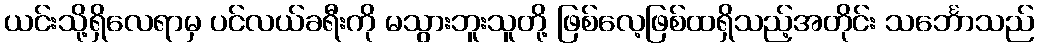
ယင်းသို့ရှိလေရာမှ ပင်လယ်ခရီးကို မသွားဘူးသူတို့ ဖြစ်လေ့ဖြစ်ထရှိသည့်အတိုင်း သင်္ဘောသည်